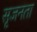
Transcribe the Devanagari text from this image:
सृजनता